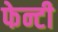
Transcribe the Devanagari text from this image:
फेन्टी